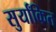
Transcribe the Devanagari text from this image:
सुर्यांकित